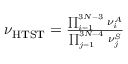
\begin{array} { r } { \nu _ { \mathrm { H T S T } } = \frac { \prod _ { i = 1 } ^ { 3 N - 3 } \, \nu _ { i } ^ { A } } { \prod _ { j = 1 } ^ { 3 N - 4 } \, \nu _ { j } ^ { S } } } \end{array}